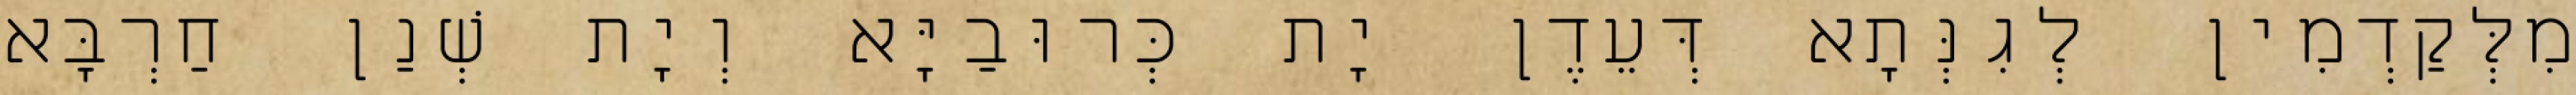
מִלְּקַדְמִין לְגִנְּתָא דְּעֵדֶן יָת כְּרוּבַיָּא וְיָת שְׁנַן חַרְבָּא